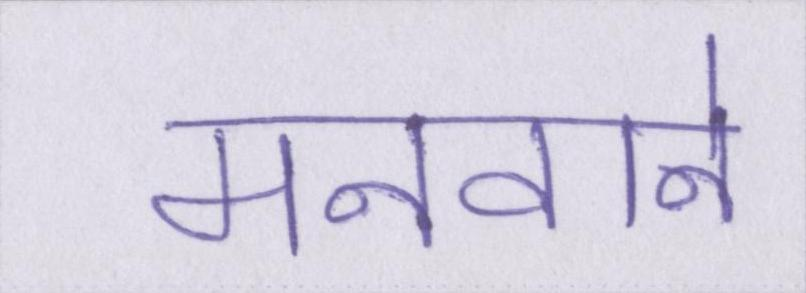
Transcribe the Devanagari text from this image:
मनवाने